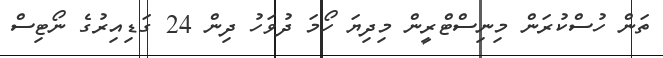
ތަން ހުސްކުރަން މިނިސްޓްރީން މިދިޔަ ހޯމަ ދުވަހު ދިން 24 ގަޑިއިރުގެ ނޯޓިސް